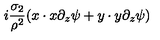
i \frac { \sigma _ { 2 } } { \rho ^ { 2 } } ( x \cdot x \partial _ { z } \psi + y \cdot y \partial _ { z } \psi )